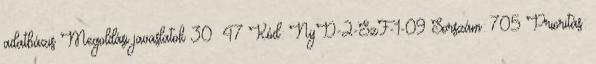
adatbázis Megoldási javaslatok 30 47 Kód: NyD-2-SzF-1-09 Sorszám: 705 Prioritás: